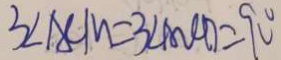
3 \angle A C M = 3 \angle A O C D = 9 0 ^ { \circ }